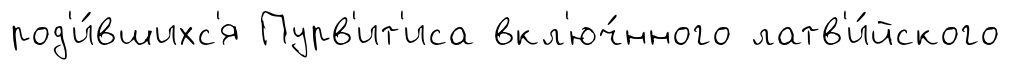
род'и́вшихс'я Пурв'ит'иса вкл'юч́нного латв'и́йского